system: You are a helpful assistant.
user:
Analyze the provided spectrum to determine if it is a **"Cataclysmic Variables (CV)"**.

- **Key Indicators for CV (Check for either state):**
    - **State 1: Quiescent / Low-State (Emission-Dominated)**
        - **(Primary):** Strong and *very broad* Hydrogen Balmer emission lines (e.g., $H\alpha$ at 6563 Å, $H\beta$ at 4861 Å). The 'broadness' (high velocity dispersion, often FWHM > 1000 km/s) is the key diagnostic, indicating a high-velocity accretion disk.
        - **(Secondary):** Broad neutral Helium (He I) emission lines (e.g., 5876 Å, 6678 Å).
        - **(Key Confirmation):** Presence of high-excitation *ionized* Helium (He II) emission at 4686 Å. This is a strong indicator of accretion onto a white dwarf.
        - **(Line Profile):** Emission lines may exhibit a 'double-peaked' profile, which is a classic signature of a rotating accretion disk viewed at high inclination.

    - **State 2: Outburst / High-State (Absorption-Dominated)**
        - **(Primary):** Spectrum is dominated by a bright, blue continuum (looks like a hot star).
        - **(Secondary):** The emission lines from State 1 are weak, absent, or 'filled in', and are replaced by broad, shallow *absorption* lines (primarily Balmer and He I).
        - **(Morphology):** The overall spectrum mimics a hot B/A-type star. The crucial difference is that the absorption lines are significantly broader, shallower, and more 'washed-out' (or 'smeared') than the sharp lines of a normal stellar photosphere, due to high rotational speeds and pressure broadening in the disk.

Think first, call **spectral_visualization_tool** if needed to examine features in detail, then provide your final answer. Your response must adhere to the following strict rules:
1.  **Overall Structure:** Your response must follow the format `<think>...</think> <tool_call>...</tool_call> (if a tool is used) <answer>...</answer>`.
2.  **Tool Usage Constraint:** You may only make **one** tool call per turn.
3.  **Final Answer Format:** In the `<answer>` tag, your conclusion must be inside a `\boxed{}` command (e.g., `\boxed{YES}`), followed by your justification.

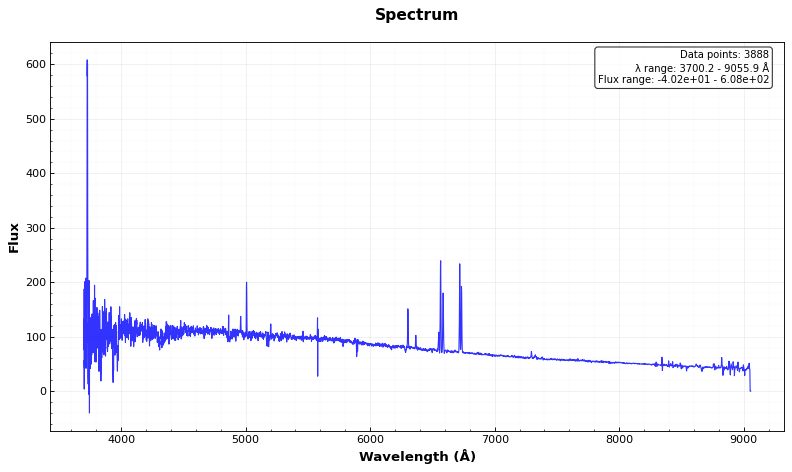
Answer: NO